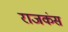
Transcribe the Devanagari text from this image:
राजकंस